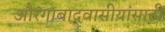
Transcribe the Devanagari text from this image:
औरंगाबादवासीयांसाठी